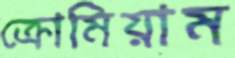
ক্রোমিয়াম